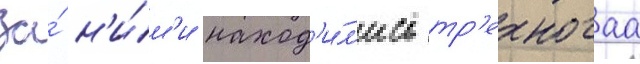
За́ н'и́м'и наход'и́л'ись тр'ехногаа